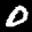
Label: 0